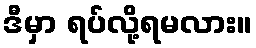
ဒီမှာ ရပ်လို့ရမလား။